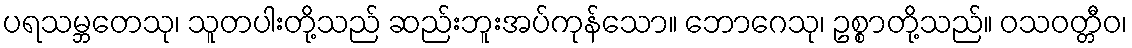
ပရသမ္ဘတေသု၊ သူတပါးတို့သည် ဆည်းဘူးအပ်ကုန်သော။ ဘောဂေသု၊ ဥစ္စာတို့သည်။ ဝသဝတ္တီဝ၊